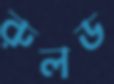
রুলড